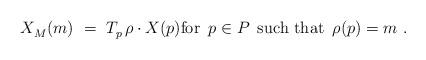
LaTeX: \begin{align*} X_M^{}(m)~=~T_{p\,}^{} \rho \cdot X(p) \mbox{for $\, p \in P \,$ such that $\, \rho(p) = m$}~.\end{align*}